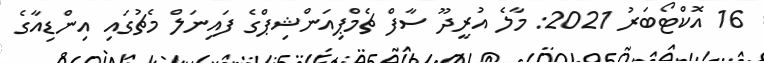
16 އޮކްޓޯބަރު 2021: މާލެ އުރީދޫ ސާފް ޗެމްޕިއަންޝިޕްގެ ފައިނަލް މެޗުގައި އިންޑިއާގެ